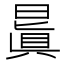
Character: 𣉮